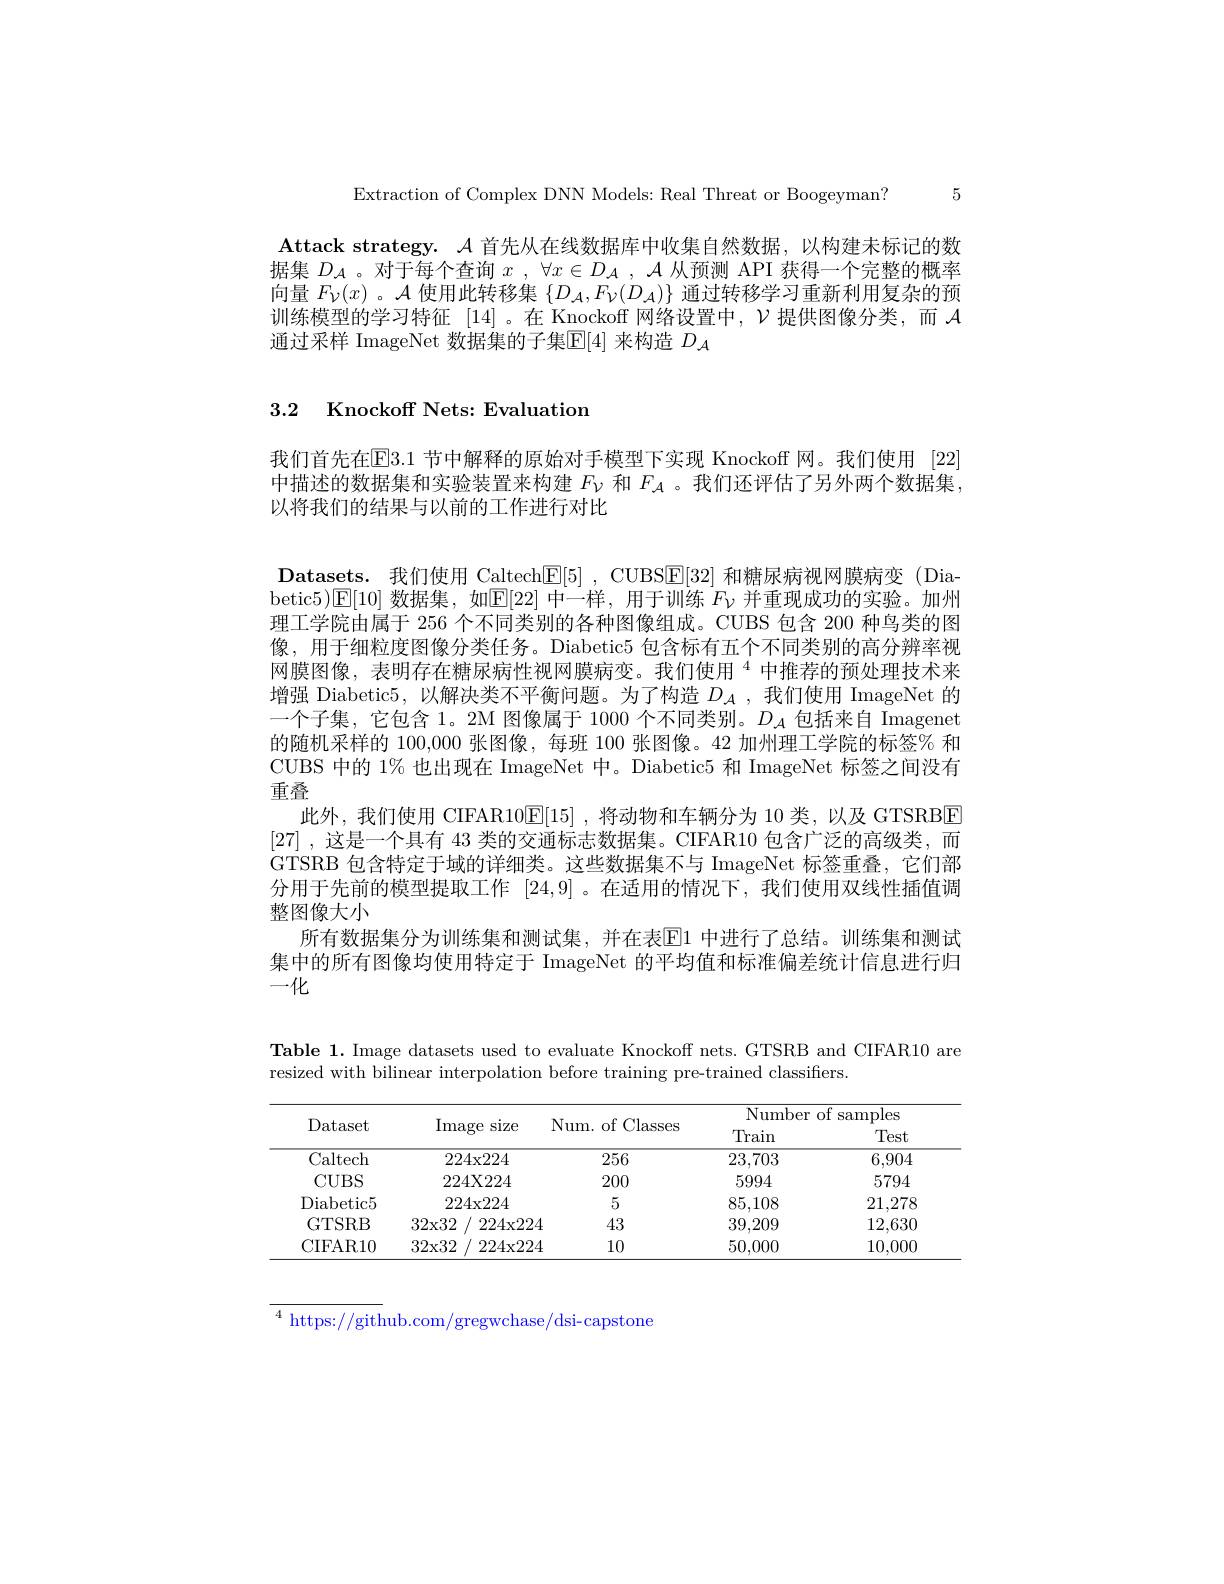
Extraction of Complex DNN Models: Real Threat or Boogeyman? 5

Attack strategy. $\mathcal{A}$首先从在线数据库中收集自然数据，以构建未标记的数据集$D_{\mathcal{A}}$ 。对于每个查询$x$ , $\forall x\in D_{\mathcal{A} }$ , $\mathcal{A}$从预测 API 获得一个完整的概率向量$F_\mathcal{V}(x)$ 。$\mathcal{A}$使用此转移集$\{D_\mathcal{A},F_\mathcal{V}(D_\mathcal{A})\}$通过转移学习重新利用复杂的预训练模型的学习特征 [14]。在 Knockoff 网络设置中，$\mathcal{V}$提供图像分类，而$\mathcal{A}$ 通过采样 ImageNet 数据集的子集$\mathbb{E}[4]$ 来构造 $D_\mathcal{A}$

## 3.2 Knockoff Nets: Evaluation

我们首先在E3.1 节中解释的原始对手模型下实现 Knockoff 网。我们使用 [22] 中描述的数据集和实验装置来构建$F_\mathrm{\nu}$和$F_\mathrm{A}$ 。我们还评估了另外两个数据集， 以将我们的结果与以前的工作进行对比
Datasets. 我们使用 Caltech[E[5] , CUBS[F[32] 和糖尿病视网膜病变 (Dia-1) betic5)$\operatorname{E}[10]$数据集，如$\operatorname{E}[22]$中一样，用于训练$F_{\nu}$并重现成功的实验。加州理工学院由属于 256 个不同类别的各种图像组成。CUBS 包含 200 种鸟类的图像，用于细粒度图像分类任务。Diabetic5 包含标有五个不同类别的高分辨率视网膜图像，表明存在糖尿病性视网膜病变。我们使用“中推荐的预处理技术来增强 Diabetic5,以解决类不平衡问题。为了构造$D_{\mathcal{A}}$,我们使用 ImageNet 的一个子集，它包含 1。2M 图像属于 1000 个不同类别。$D_\mathcal{A}$包括来自 Imagenet 的随机采样的 100,000 张图像，每班 100 张图像。42 加州理工学院的标签% 和CUBS 中的 1% 也出现在 ImageNet 中。Diabetic5 和 ImageNet 标签之间没有重叠
此外，我们使用 CIFAR10$\mathbb{E}[15]$ ,将动物和车辆分为 10 类，以及 GTSRBE [27] , 这是一个具有 43 类的交通标志数据集。CIFAR10 包含广泛的高级类，而GTSRB 包含特定于域的详细类。这些数据集不与 ImageNet 标签重叠，它们部分用于先前的模型提取工作[24,9] 。在适用的情况下，我们使用双线性插值调整图像大小
所有数据集分为训练集和测试集，并在表El1 中进行了总结。训练集和测试集中的所有图像均使用特定于 ImageNet 的平均值和标准偏差统计信息进行归一化

Table 1. Image datasets used to evaluate Knockoff nets. GTSRB and CIFAR10 are
resized with bilinear interpolation before training pre-trained classifiers.

<table>
	<tbody>
		<tr>
			<th rowspan="3">Dataset</th>
			<th rowspan="3">Image ;size</th>
			<th> </th>
			<th colspan="2">Number of samples</th>
		</tr>
		<tr>
			<th>Num. of Classes</th>
			<th>Number Train</th>
			<th>$of$ samples Test</th>
		</tr>
		<tr>
			<th>Num.  ot Classes</th>
			<th>Train</th>
			<th>Test</th>
		</tr>
		<tr>
			<td>Caltech</td>
			<td>224x224</td>
			<td>256</td>
			<td>23,703</td>
			<td>6,904</td>
		</tr>
		<tr>
			<td>CUBS</td>
			<td>224X224</td>
			<td>200</td>
			<td>5994</td>
			<td>5794</td>
		</tr>
		<tr>
			<td>Diabetic5</td>
			<td>224x224</td>
			<td>5</td>
			<td>85,108</td>
			<td>21,278</td>
		</tr>
		<tr>
			<td>GTSRB</td>
			<td>32x32 224x224</td>
			<td>43</td>
			<td>39,209</td>
			<td>12,630</td>
		</tr>
		<tr>
			<td>CIFAR10</td>
			<td>32x32 1: 224x224</td>
			<td>10</td>
			<td>50,000</td>
			<td>10,000</td>
		</tr>
	</tbody>
</table>

$^4$ https://github.com/gregwchase/dsi-capstone